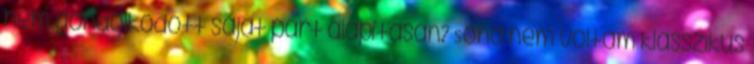
nem gondolkodott saját párt alapításán? Soha nem voltam klasszikus